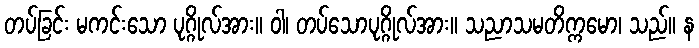
တပ်ခြင်း မကင်းသော ပုဂ္ဂိုလ်အား။ ဝါ၊ တပ်သောပုဂ္ဂိုလ်အား။ သညာသမတိက္ကမော၊ သည်။ န